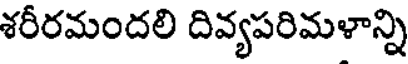
శరీరమందలి దివ్యపరిమళాన్ని